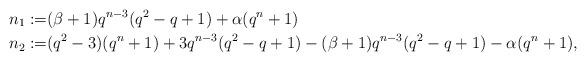
LaTeX: \begin{align*}n_1:=&(\beta+1)q^{n-3}(q^2-q+1)+\alpha(q^n+1) \\n_2:=&(q^2-3)(q^n+1)+3q^{n-3}(q^2-q+1)-(\beta+1)q^{n-3}(q^2-q+1)-\alpha(q^n+1),\end{align*}